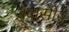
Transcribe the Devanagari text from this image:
बवासीर्